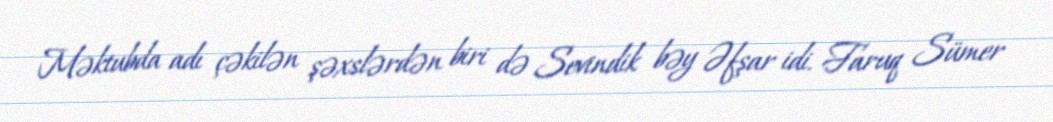
Məktubda adı çəkilən şəxslərdən biri də Sevindik bəy Əfşar idi. Faruq Sümer